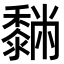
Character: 𪐆